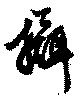
攝